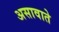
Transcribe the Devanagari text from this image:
असावाते